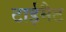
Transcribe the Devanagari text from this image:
टाईमैट